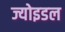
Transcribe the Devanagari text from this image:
ज्योइडल